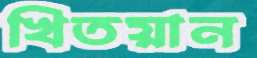
খিতয়ান